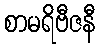
စာမရိဗီဇနီ